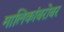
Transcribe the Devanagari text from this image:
मालिकांबरोबर